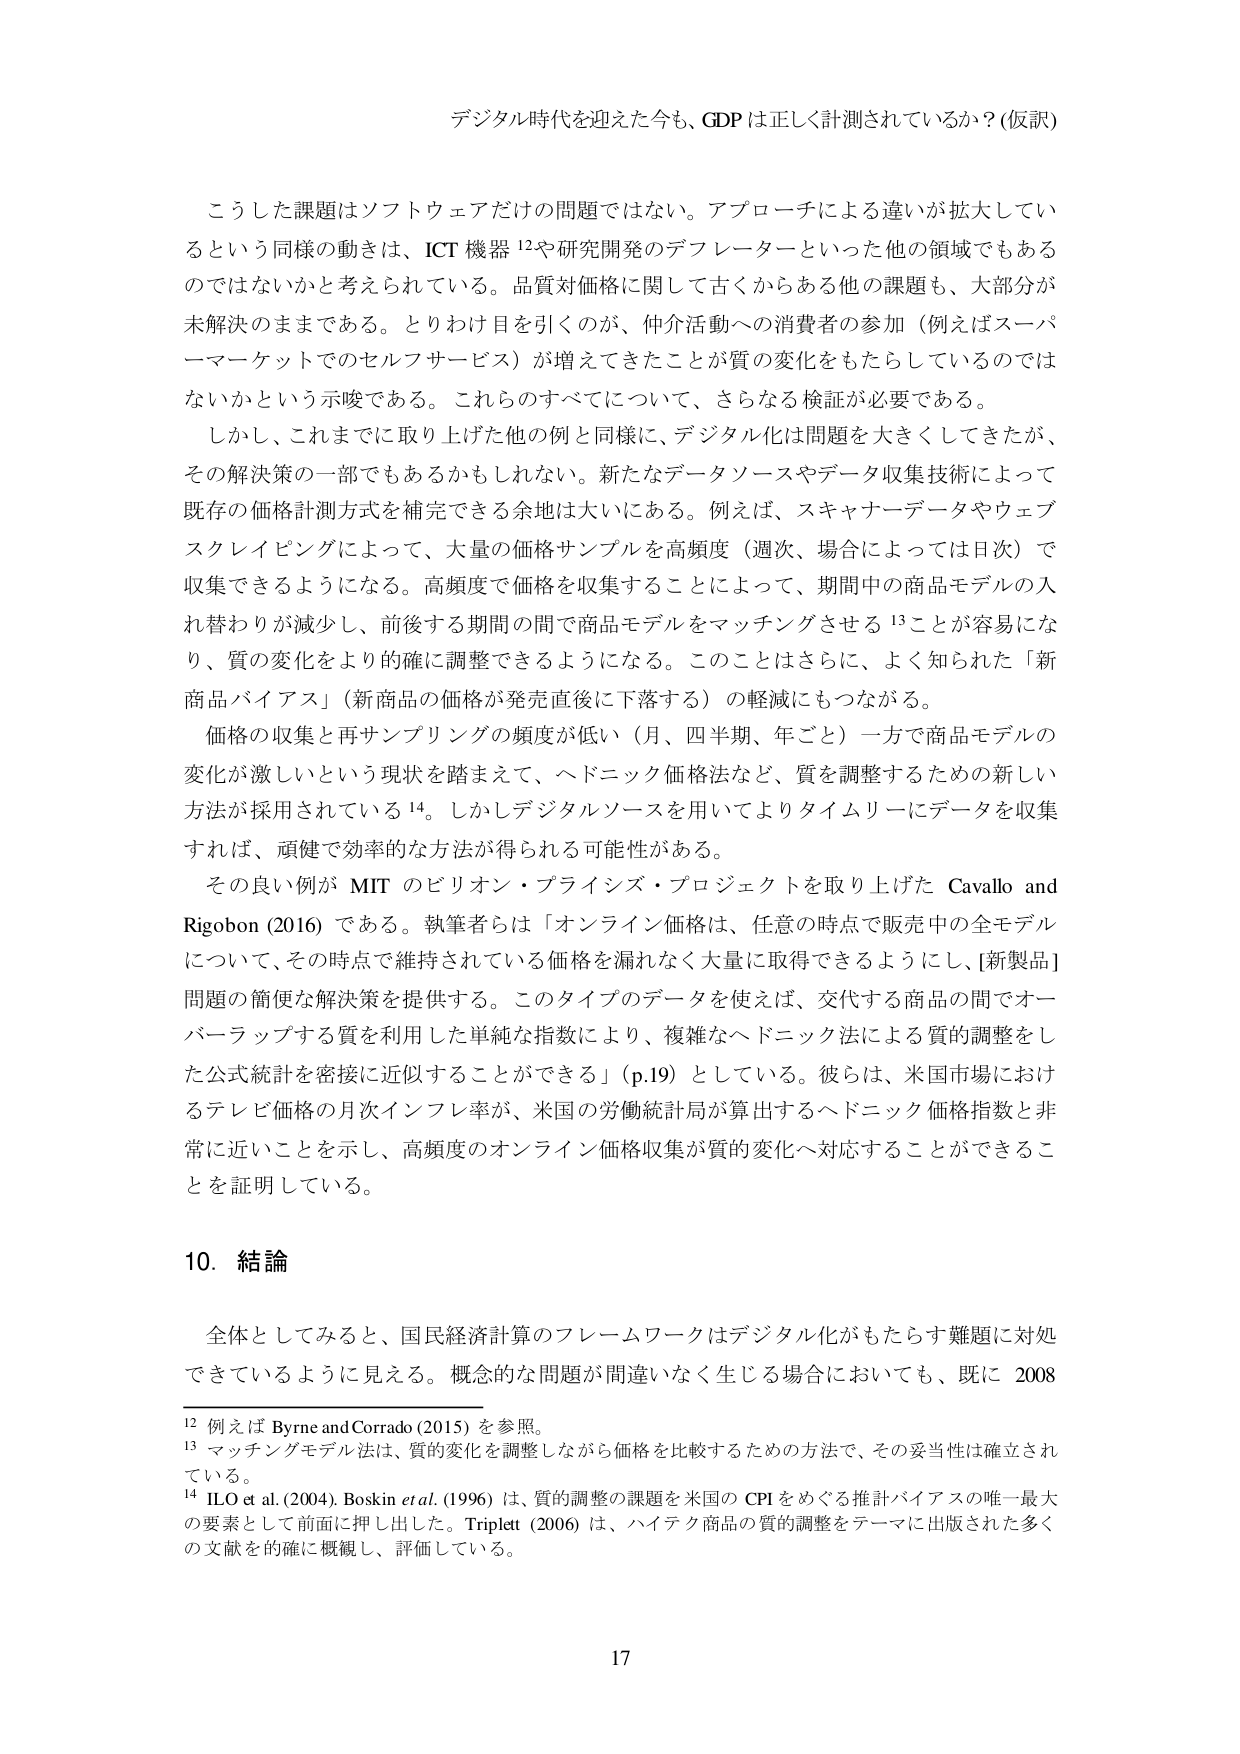
デジタル時代を迎えた今も、GDPは正しく計測されているか？(仮訳)

こうした課題はソフトウェアだけの問題ではない。アプローチによる違いが拡大しているという同様の動きは、ICT機器12や研究開発のデフレーターといった他の領域でもあるのではないかと考えられている。品質対価格に関して古くからある他の課題も、大部分が未解決のままである。とりわけ目を引くのが、仲介活動への消費者の参加（例えばスーパーマーケットでのセルフサービス）が増えてきたことが質の変化をもたらしているのではないかという示唆である。これらのすべてについて、さらなる検証が必要である。

しかし、これまでに取り上げた他の例と同様に、デジタル化は問題を大きくしてきたが、その解決策の一部でもあるかもしれない。新たなデータソースやデータ収集技術によって既存の価格計測方式を補完できる余地は大いにある。例えば、スキャナーデータやウェブスクレイピングによって、大量の価格サンプルを高頻度（週次、場合によっては日次）で収集できるようになる。高頻度で価格を収集することによって、期間中の商品モデルの入れ替わりが減少し、前後する期間の間で商品モデルをマッチングさせる13ことが容易になり、質の変化をより確に調整できるようになる。このことはさらに、よく知られた「新商品バイアス」（新商品の価格が発売直後に下落する）の軽減にもつながる。

価格の収集と再サンプリングの頻度が低い（月、四半期、年ごと）一方で商品モデルの変化が激しいという現状を踏まえて、ヘドニック価格法など、質を調整するための新しい方法が採用されている14。しかしデジタルソースを用いてよりタイムリーにデータを収集すれば、頑健で効率的な方法が得られる可能性がある。

その良い例がMITのビリオン・プライシズ・プロジェクトを取り上げたCavallo and Rigobon (2016)である。執筆者らは「オンライン価格は、任意の時点で販売中の全モデルについて、その時点で維持されている価格を漏れなく大量に取得できるようにし、[新製品]問題の簡便な解決策を提供する。このタイプのデータを使えば、交代する商品の間でオーバーラップする質を利用した単純な指数により、複雑なヘドニック法による質の調整をした公式統計を密接に近似することができる」(p.19)としている。彼らは、米国市場におけるテレビ価格の月次インフレ率が、米国の労働統計局が算出するヘドニック価格指数と非常に近いことを示し、高頻度のオンライン価格収集が質的変化へ対応することができることを証明している。

10. 結論

全体としてみると、国民経済計算のフレームワークはデジタル化がもたらす難題に対処できているように見える。概念的な問題が間違いなく生じる場合においても、既に2008

12 例えばByrne and Corrado (2015)を参照。

13 マッチングモデル法は、質的変化を調整しながら価格を比較するための方法で、その妥当性は確立されている。

14 ILO et al. (2004), Boskin et al. (1996)は、質的調整の課題を米国のCPIをめぐる推計バイアスの唯一最大の要素として前面に押し出した。Triplett (2006)は、ハイテク商品の質的調整をテーマに出版された多くの文献を的確に概観し、評価している。

17